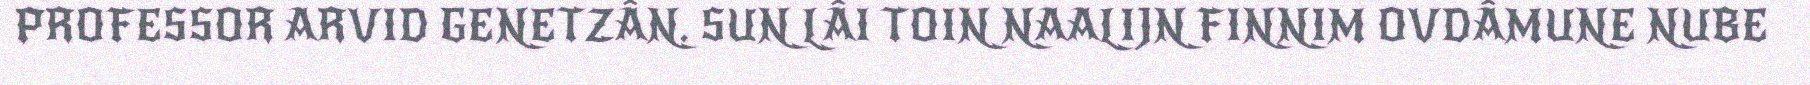
PROFESSOR ARVID GENETZÂN. SUN LÂI TOIN NAALIJN FINNIM OVDÂMUNE NUBE